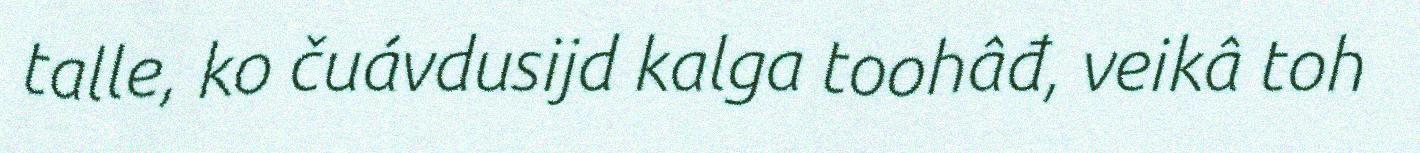
talle, ko čuávdusijd kalga toohâđ, veikâ toh